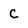
Character: c